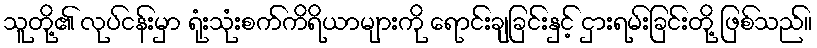
သူတို့၏ လုပ်ငန်းမှာ ရုံးသုံးစက်ကိရိယာများကို ရောင်းချခြင်းနှင့် ငှားရမ်းခြင်းတို့ ဖြစ်သည်။